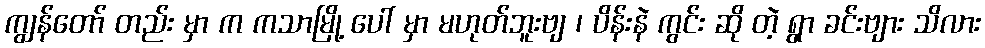
ကျွန်တော် တည်း မှာ က ကသာမြို့ ပေါ် မှာ မဟုတ်ဘူးဗျ ၊ ပိန်းနဲ ကွင်း ဆို တဲ့ ရွာ ခင်းဗျား သိလား